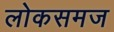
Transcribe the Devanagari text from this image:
लोकसमज